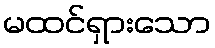
မထင်ရှားသော